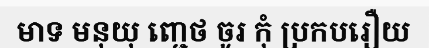
មាទ មនុយុ ញ្ជេថ ចូរ កុំ ប្រកបរឿយ